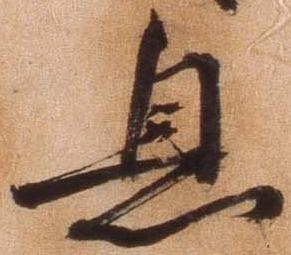
息